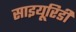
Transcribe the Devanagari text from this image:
साइयूरिडी